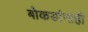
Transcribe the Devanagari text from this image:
बोकडांनाही